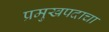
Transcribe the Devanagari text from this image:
प्रमुखपदाचा